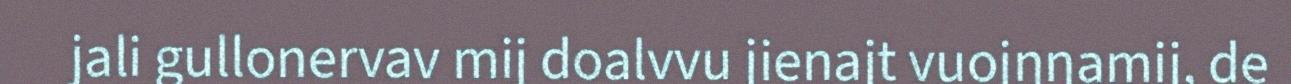
jali gullonervav mij doalvvu jienajt vuojŋŋamij, de